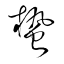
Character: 蟄